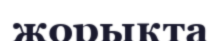
жорықта